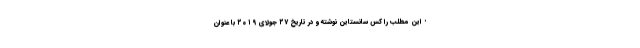
• این مطلب را کس سانستاین نوشته و در تاریخ ۲۷ جولای ۲۰۱۹ با عنوان